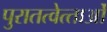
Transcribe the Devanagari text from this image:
पुरातत्‍वेत्‍ताओं